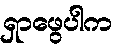
ရှာဖွေပါက